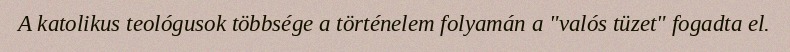
A katolikus teológusok többsége a történelem folyamán a "valós tüzet" fogadta el.